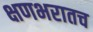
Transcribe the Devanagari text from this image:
क्षणभरातच